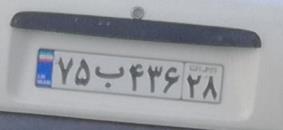
۷۵ب۴۳۶۲۸